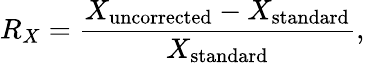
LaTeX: R_{X}=\frac{X_{\mathrm{uncorrected}}-X_{\mathrm{standard}}}{X_{\mathrm{standard}}},